Bréfritari: Þórunn Pálsdóttir
Viðtakandi: Páll Pálsson
Dagsetning: A-1852-09-12
Skrifað á: Hallfreðarstöðum  N-Múl.
Páll var bróðir Þórunnar

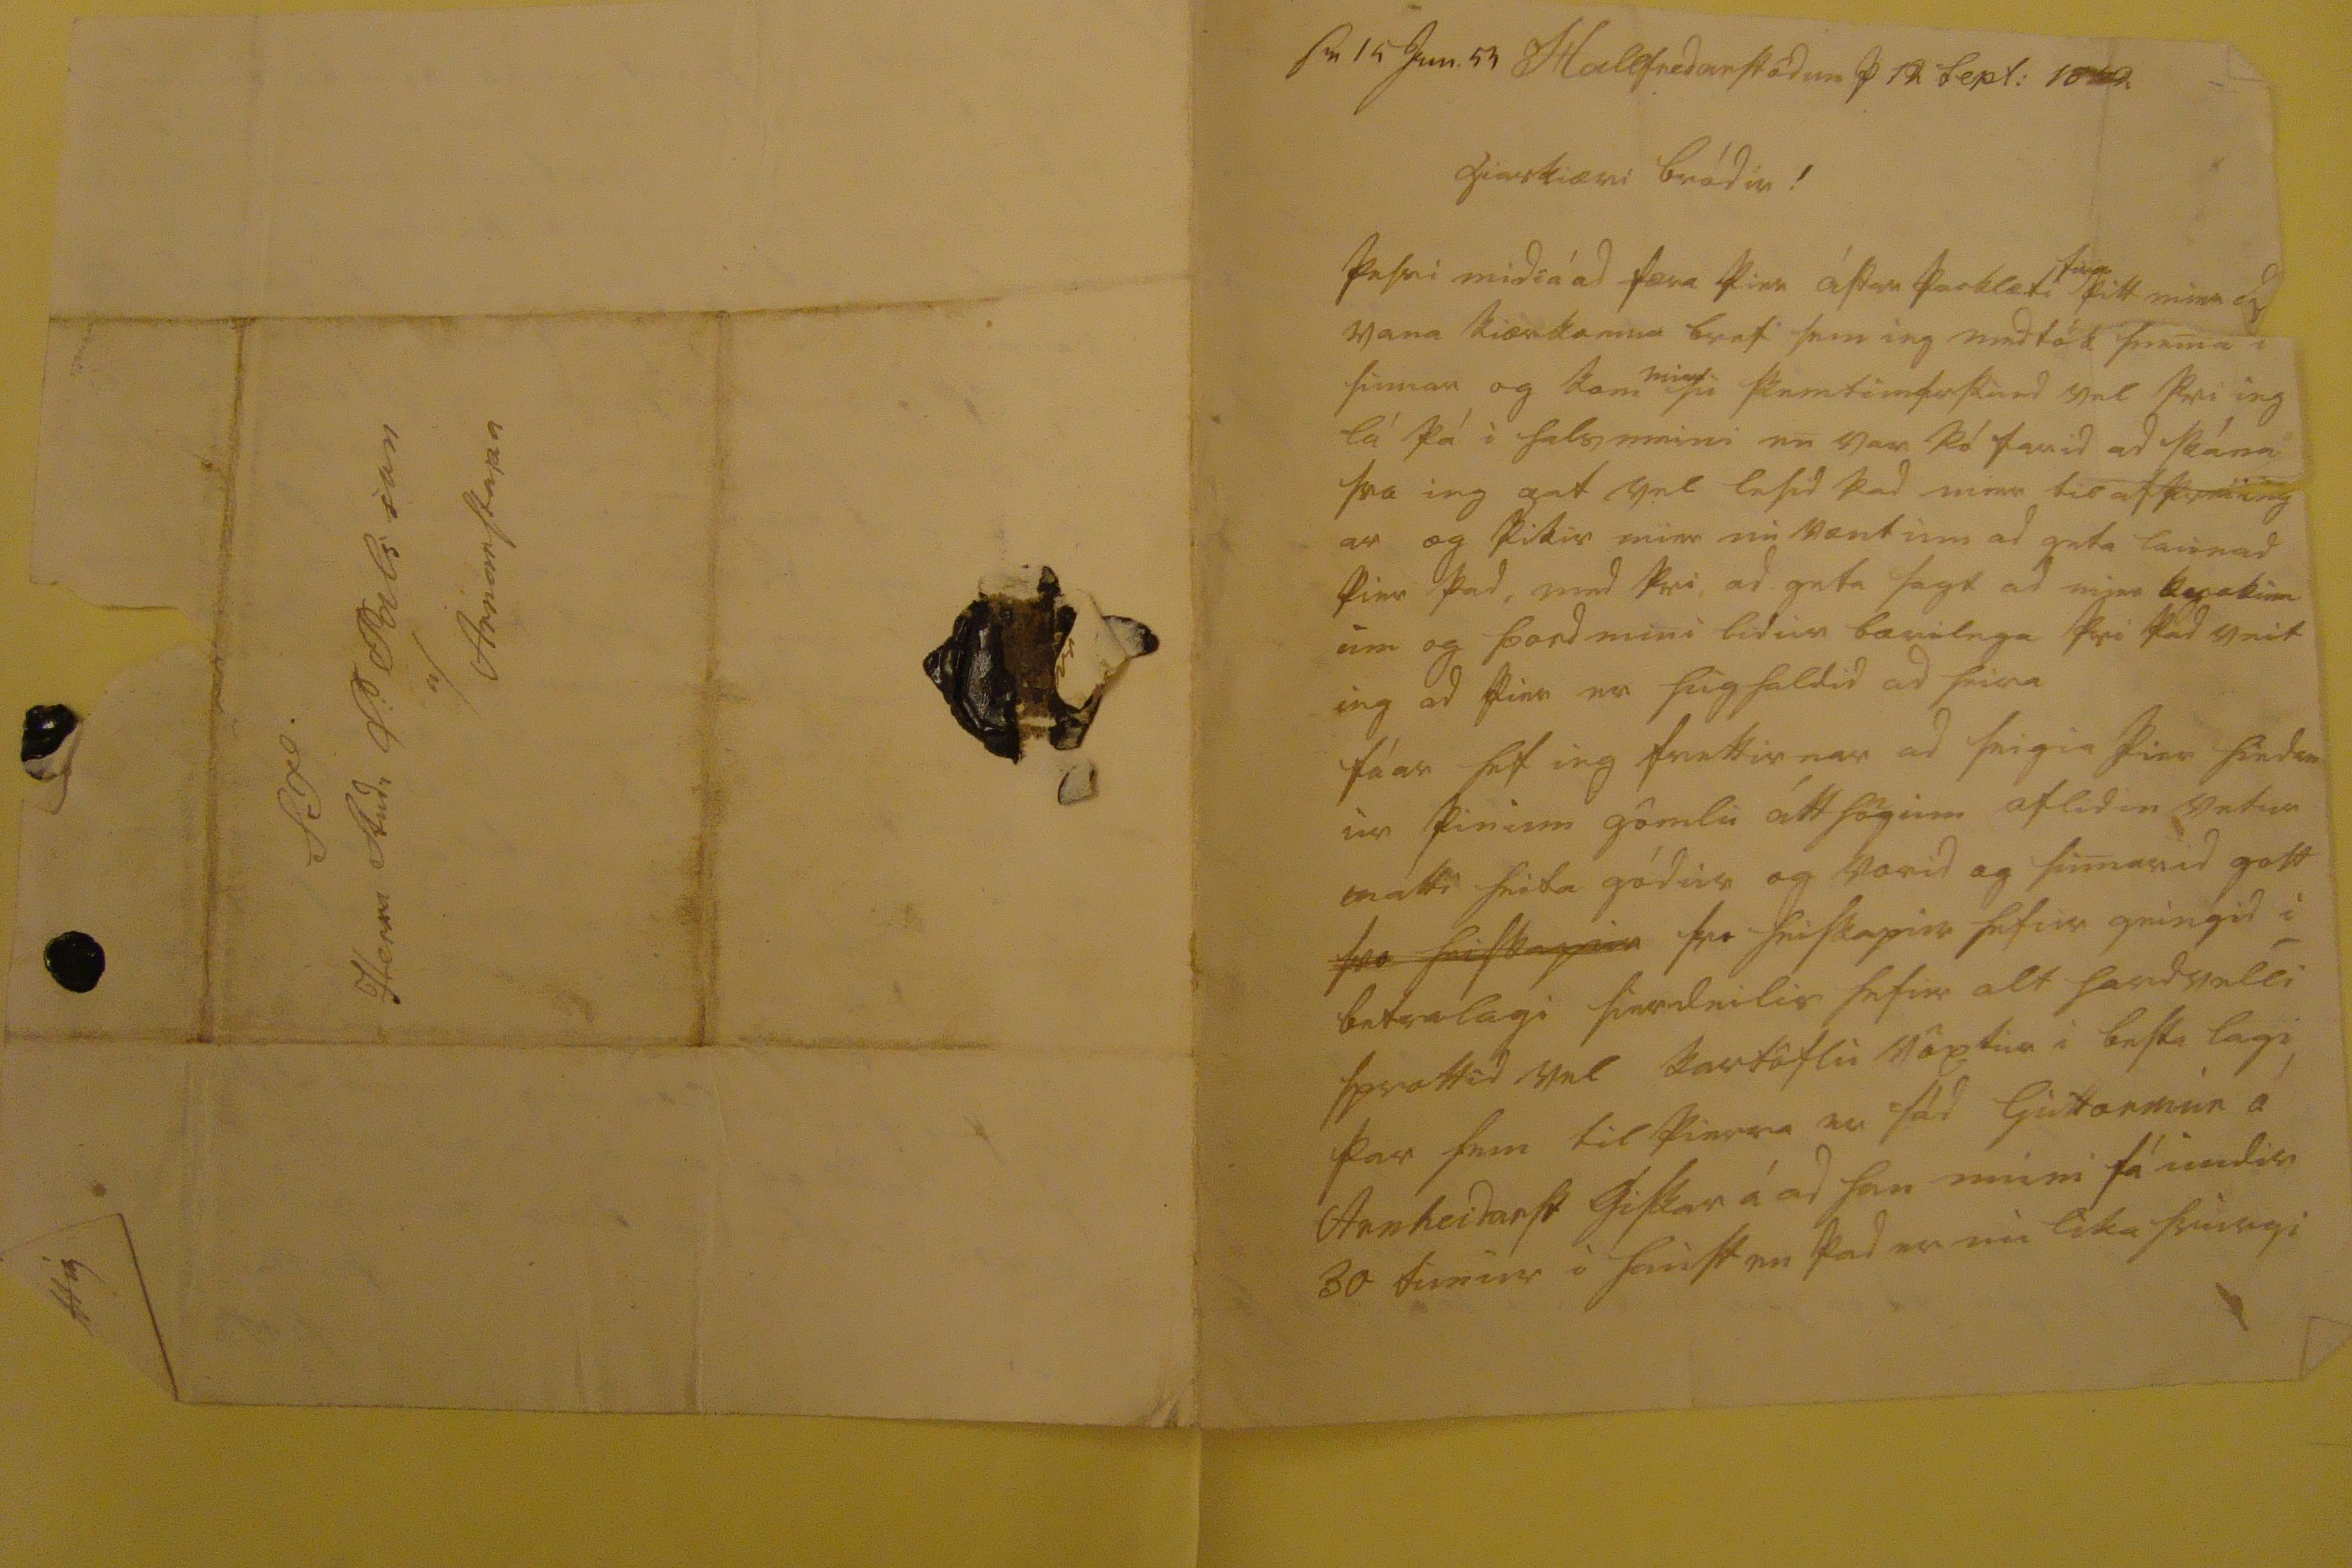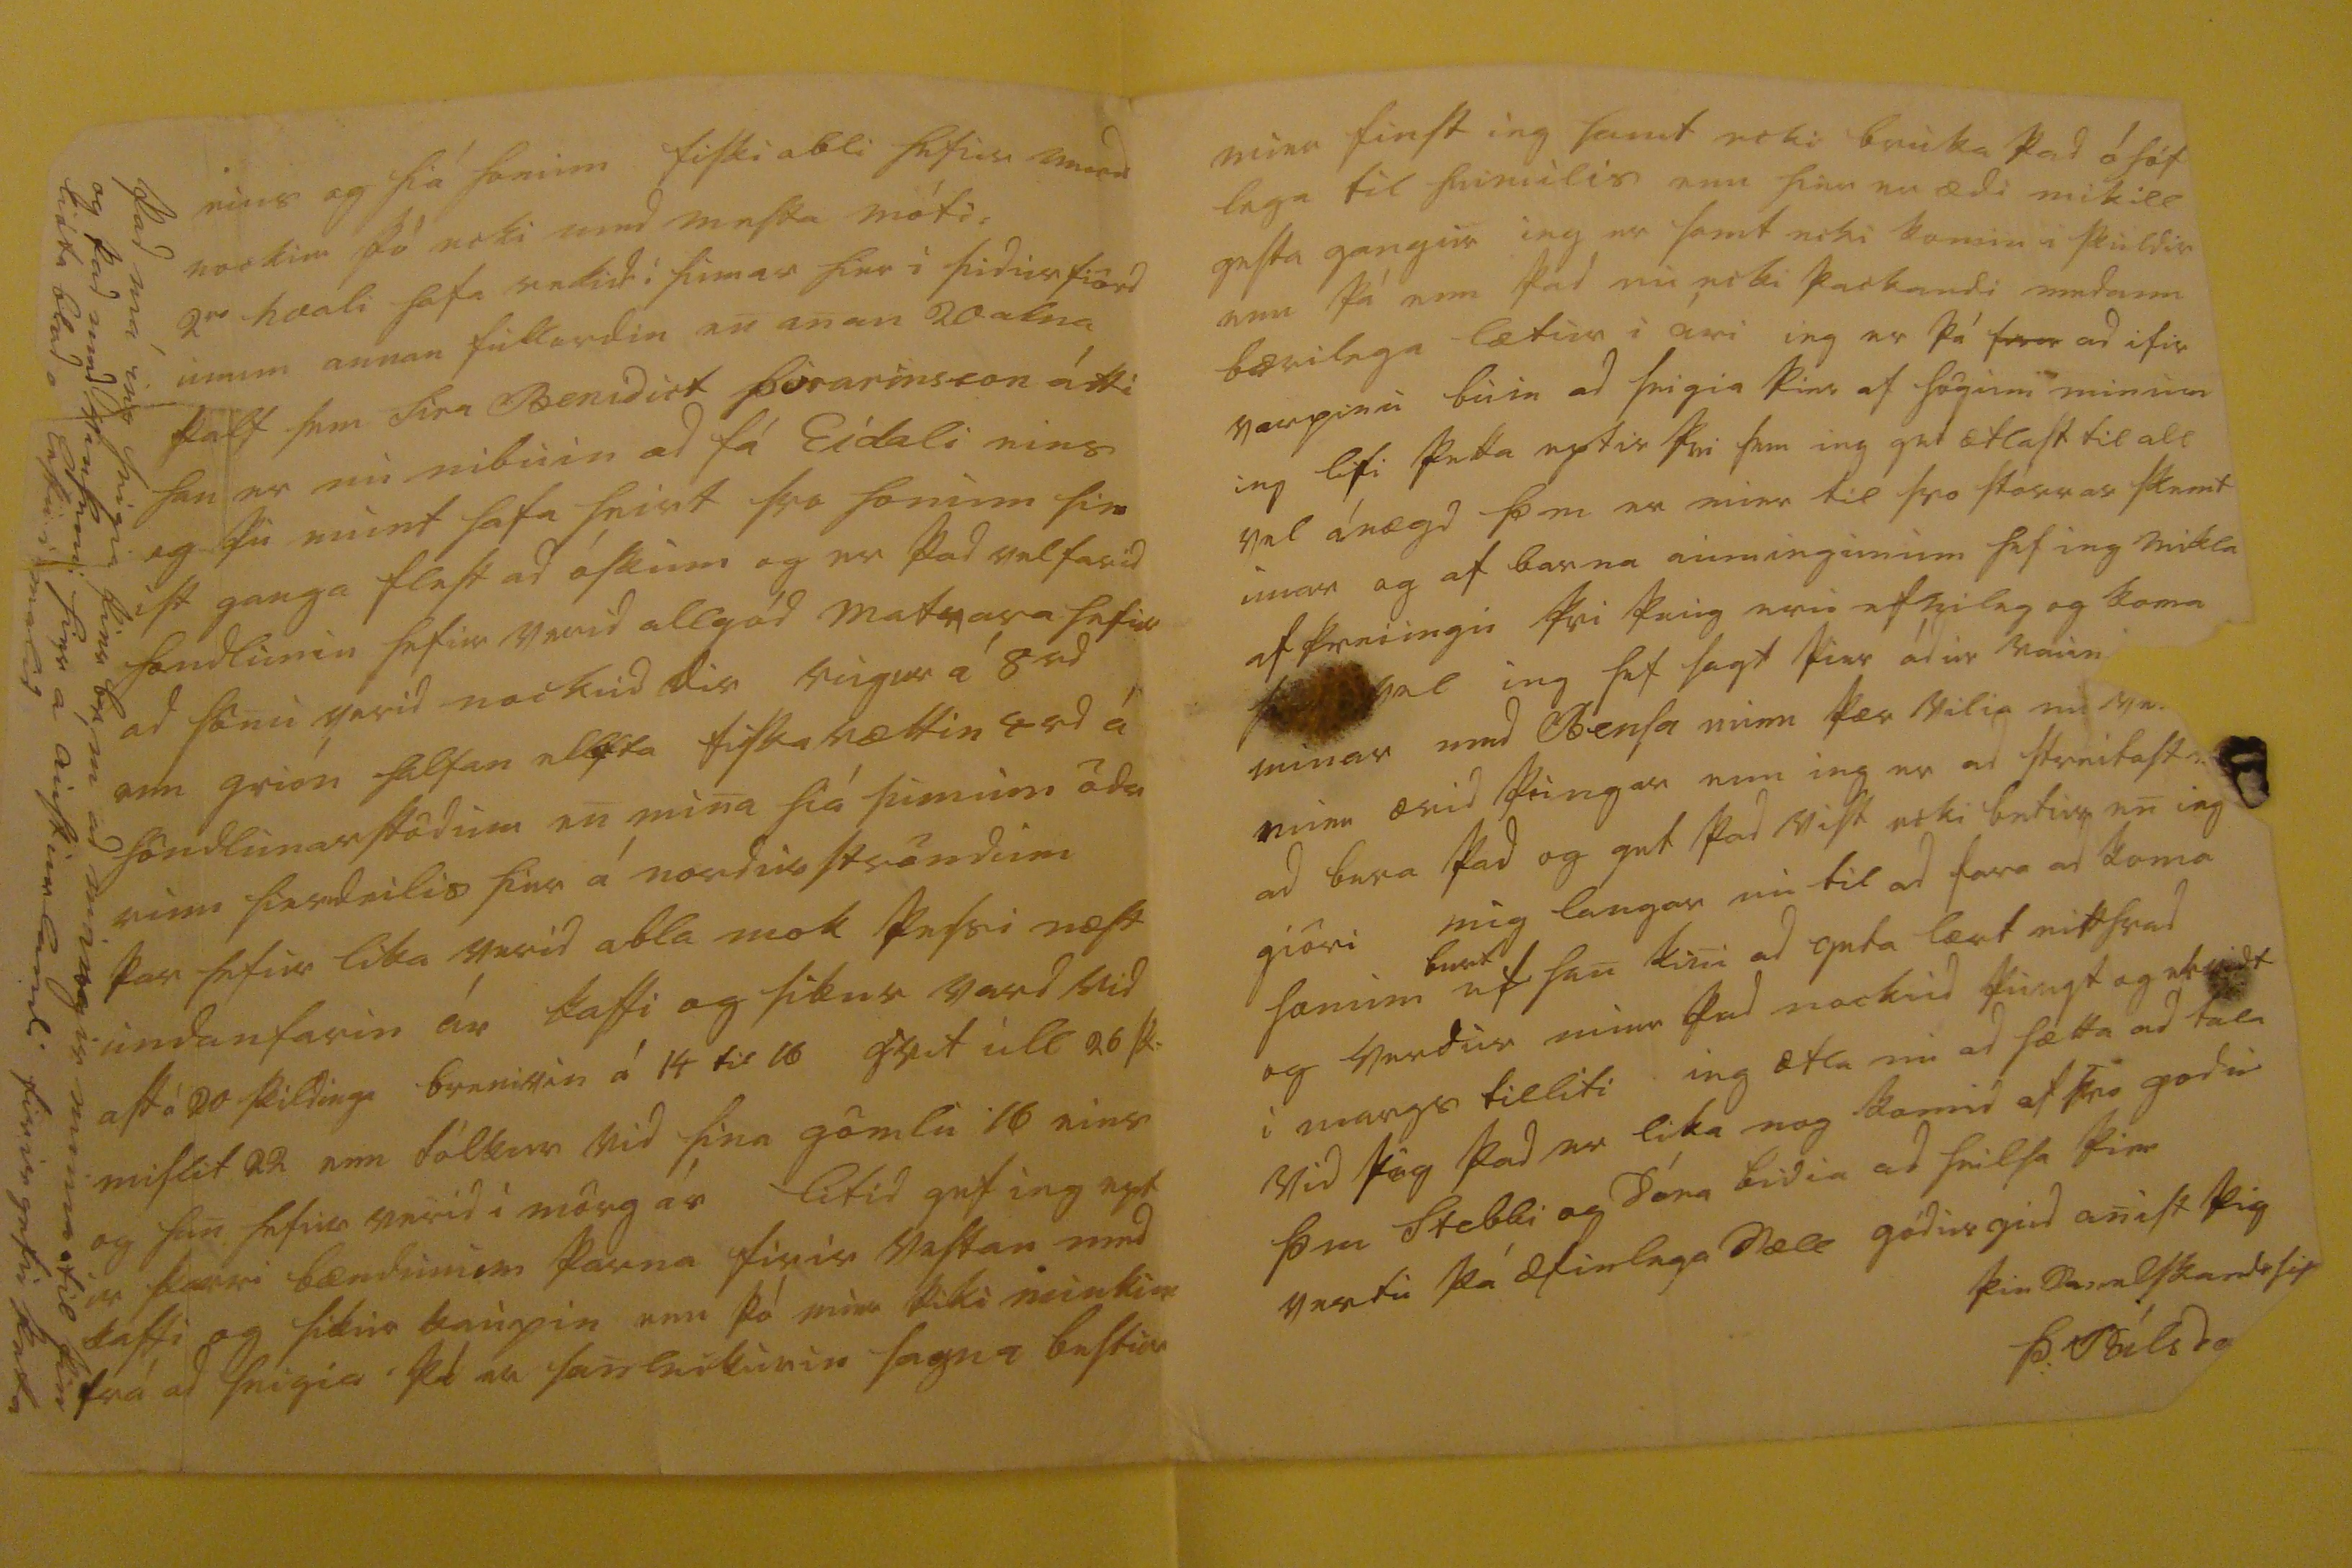

s0 14 Jun. 53
Hallfredarstödum þ 12 Sept: 1852
hiarkiæri bródir!
þessi midi á ad færa þier ástarþacklæti
firir
þitt
mina 00
vana kiærkomna bref sem ieg medtók snem i sumar og kom
mier
su skemtun
00skund
vel þvi ieg lá þá i halsmeini en var þó farid ad skána svo ieg gat vel lesid þad mier til afþreiing ar og þikir mier nu vænt um ad geta launad þier þad, med þvi ad geta sagt ad mier
00akinn
um og Þord min lidur bærilega þvi þad veit ieg ad þier er hughaldid ad heira fáar hef ieg frettirnar ad seigia þier hiedan ur þinum gömlu átthögum aflidin vetur mátti heita gódur og vorid og sumarid gott
svo heiskapur
svo heiskapur hefur geingid i betra lagi sierdeilis hefur alt
hardvelli
sprottid vel kartöflu vöxtur i besta lagi þar sem til þierra er sád Guttormur á Arnheidarst giskar á ad han muni fá undir 30 dunur i haust en þad er nu lika hvurgi
eins og hiá honum fiskiabli hefur
verid
nockur þó ecki med mesta móti. 2r
hvali
hafa verid i sumar hier i sudurfiörd unum annan fullordin en anan 20 alna kalf sem sira Benidict Þorarinsson átti han er nu nibuin ad fá Eidali eins og þu munt hafa heirt svo honum sin ist ganga flest ad óskum og er þad vel farid
höndlunin
hefur verid allgód matvara hefur ad sönu verid nockud dir rugur á 8 rd enn grión halfan
eldsta
fiskarættin 4 rd á höndlunarstödum en mina hiá sumum ödr rum sierdeilis hier á nordurströndum þar hefur lika verid abla mok þessu næst undanfarin ár kaffi og sikur vard vid ast á
20
skildinga brenivin á 14 til 16 qvit ull 26 sk- mislit 22 enn dálkur vid hina gömlu 16 eins og han hefur verid i mörg ár litid gef ieg ept ir
0ærri
bændunum þarna firir vestan med kaffi og sikur kaupin enn þó mier þiki
nu eki0
frá ad seigia þá er sanleikurin sagna bestur
Þad má ieg seigia þier br, m ad margir muna til þin og þad med vinsemi hier á austurlandi firirgefu þetta lióta blad o lestu i málid
mier finst ieg samt ecki bruka þad óhóf lega til heimilis enn hier er ædi mikill gesta gangur ieg er samt ecki komin i skuldir enn þá enn þad nu ecki þackandi medann bærilega lætur i ári ieg er þá
fra
ad ifir varpinu buin ad seigia þier af sögum minum ieg lifi þetta eptir þvi sem ieg get ætlast til all vel ánægd sem er mier til svo stórrar skemt unar og af barna minningunum hef ieg mikla afþreiingu þvi þaug eru efnileg og koma
00000 vel
ieg hef lagt þier ádur raun minar med blesa
blesa
minn þær vilia en
ve
mier ærid þungar enn ieg er ad streitast ad bera þad og get þad vist ecki betur en ieg giöri mig langar nu til ad fara ad koma honum
burt
ef han kini ad geta lært eitthvad og verdur mier þad nockud þungt og ervidt i margs tilliti ieg ætla nu ad hætta ad tala vid þig þad er lika nog komid af svo godu Þ m Stebbi og Dóra bidia ad heilsa þier vertu þá æfinlega sæll gódur gud anist þig
þin sannelskandi sis
Þ: Pálsdo
S T Herra Studi P: Pálsson á Arnarstapa